Indian Civil Veterinary Department memoirs
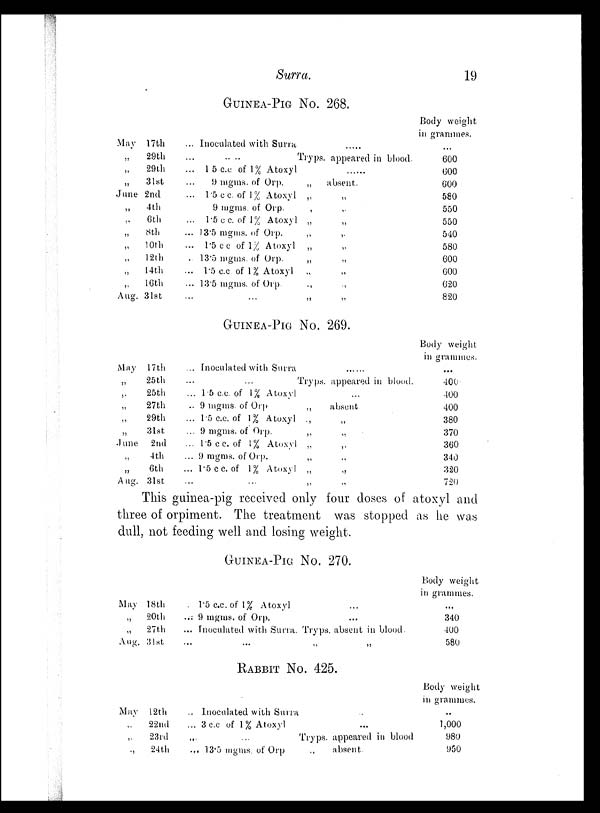
Surra.
19
GUINEA-PIG NO. 268.
May 17th
„
29th
„
29th
„
31st
June 2nd
„
4th
„
6th
„
8th
„ 10th
„ 12th
„ 14th
„ 16th
Aug. 31st
... Inoculated with Surra
.....
...
..
..
Tryps. appeared in blood.
... 1.5 c.c of 1% Atoxyl
9 mgms. of Orp.
„
... 1.5 c c. of 1% Atoxyl „
9 mgms. of Orp.
,
... l.5 c c. of 1% Atoxyl „
... 13.5 mgms. of Orp.
„
... 1.5 c c of 1% Atoxyl
„
. 13.5 mgms. of Orp.
„
... 1.5 c.c of 1% Atoxyl
„
... 13.5 mgms. of Orp.
„
... ... „
... ...
absent.
„
„
„
„
„
„
„
„
„
Body weight
in grammes.
...
600
600
600
580
550
550
540
580
600
600
620
820
GUINEA-PIG NO. 269.
May 17th
„
25th
„
25th
„
27th
„
29th
„
31st
June
2nd
„
4th
„
6th
Aug. 31st
... Inoculated with Surra ... ...
... ... Tryps. appeared in blood.
... 1.5 c.c. of 1% Atoxyl
.. 9 mgms. of Orp
... 1.5 c.c. of 1% Atoxyl
... 9 mgms. of Orp.
... 1.5 c c. of 1% Atoxyl
... 9 mgms. of Orp.
... 1.5 c c. of 1% Atoxyl
... ...
...
„
absent
„ „
„
„
„
„
„ „
„ „
„ „
Body weight
in grammes.
...
400
400
400
380
370
360
340
320
720
This guinea-pig received only four doses of atoxyl and
three of orpiment. The treatment was stopped as he was
dull, not feeding well and losing weight.
GUINEA-PIG NO. 270.
May 18th
„
20th
„
27th
Aug. 31st
... 1.5 c.c. of 1% Atoxyl ...
... 9 mgms. of Orp. ...
... Inoculated with Surra. Tryps. absent in blood.
... ... „ „
Body weight
in grammes.
...
340
400
580
RABBIT NO. 425.
May 12th
„
22nd
„
23rd
„
24th
... Inoculated with Surra ..
... 3 c.c of 1% Atoxyl ...
... ... Tryps. appeared in blood
... 13.5 mgms. of Orp
„
absent.
Body weight
in grammes.
..
1,000
980
950